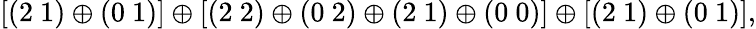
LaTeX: [(2~1)\oplus(0~1)]\oplus[(2~2)\oplus(0~2)\oplus(2~1)\oplus(0~0)]\oplus[(2~1)\oplus(0~1)],